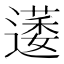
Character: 𮟋